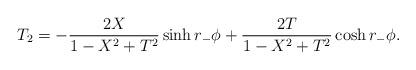
LaTeX: \begin{align*}T_2 = -{2 X \over 1-X^2+T^2} \sinh r_- \phi + {2 T \over 1-X^2+T^2} \cosh r_- \phi.\end{align*}